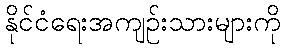
နိုင်ငံရေးအကျဉ်းသားများကို